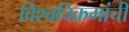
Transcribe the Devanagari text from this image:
विश्वविक्रमांची